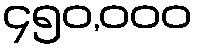
၄၅၀,၀၀၀